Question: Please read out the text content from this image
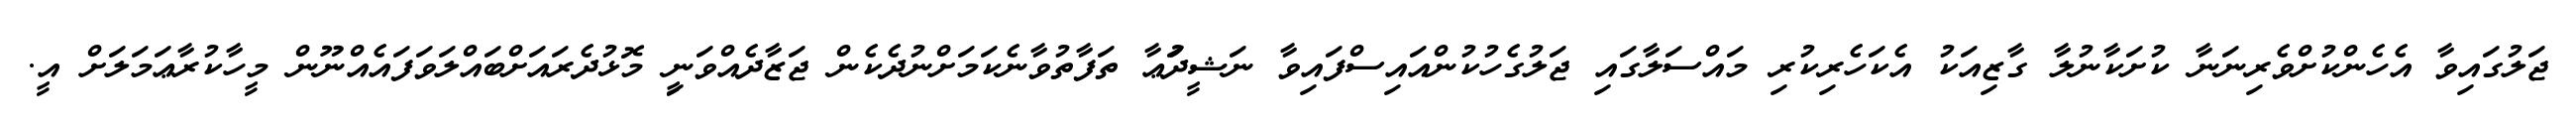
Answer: ޖަލުގައިވާ އެހެންކުށްވެރިނަނާ ކުށަކާނުލާ ގާޒިއަކު އެކަހެރިކުރި މައްސަލާގައި ޖަލުގެހުކުންއައިސްފައިވާ ނަޝީދުަޢާ ތަފާތުވާނެކަމަށްނުދެކެން ޖަޒާދެއްވަނިީ މޮޅުދެރައަށްބައްލަވަފައެއްނޫން މީހާކުރާޢަމަލަށް އީ.